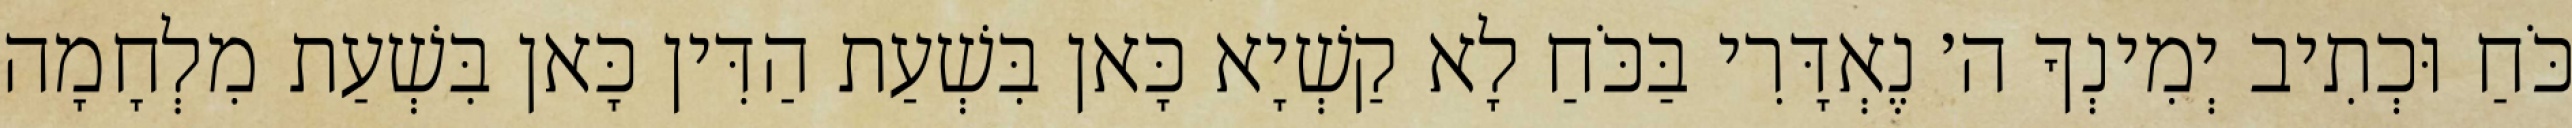
כֹּחַ וּכְתִיב יְמִינְךָ ה׳ נֶאְדָּרִי בַּכֹּחַ לָא קַשְׁיָא כָּאן בִּשְׁעַת הַדִּין כָּאן בִּשְׁעַת מִלְחָמָה